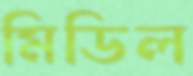
মিডিল